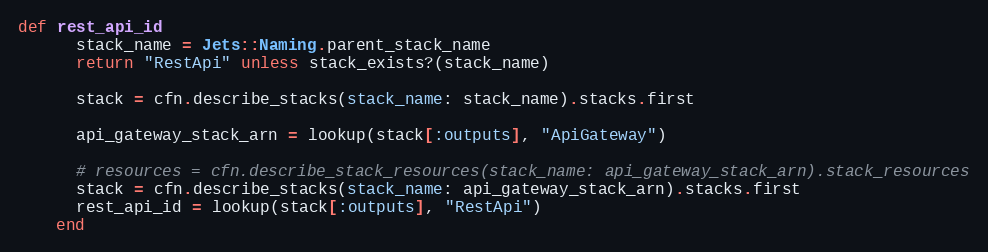
Language: Ruby
def rest_api_id
      stack_name = Jets::Naming.parent_stack_name
      return "RestApi" unless stack_exists?(stack_name)

      stack = cfn.describe_stacks(stack_name: stack_name).stacks.first

      api_gateway_stack_arn = lookup(stack[:outputs], "ApiGateway")

      # resources = cfn.describe_stack_resources(stack_name: api_gateway_stack_arn).stack_resources
      stack = cfn.describe_stacks(stack_name: api_gateway_stack_arn).stacks.first
      rest_api_id = lookup(stack[:outputs], "RestApi")
    end